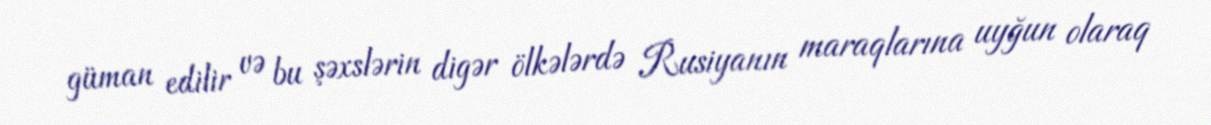
güman edilir və bu şəxslərin digər ölkələrdə Rusiyanın maraqlarına uyğun olaraq